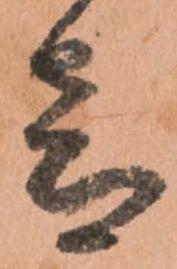
音